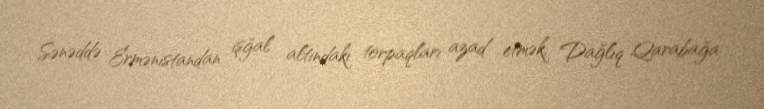
Sənəddə Ermənistandan işğal altındakı torpaqları azad etmək, Dağlıq Qarabağa